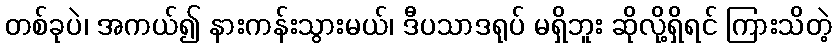
တစ်ခုပဲ၊ အကယ်၍ နားကန်းသွားမယ်၊ ဒီပသာဒရုပ် မရှိဘူး ဆိုလို့ရှိရင် ကြားသိတဲ့